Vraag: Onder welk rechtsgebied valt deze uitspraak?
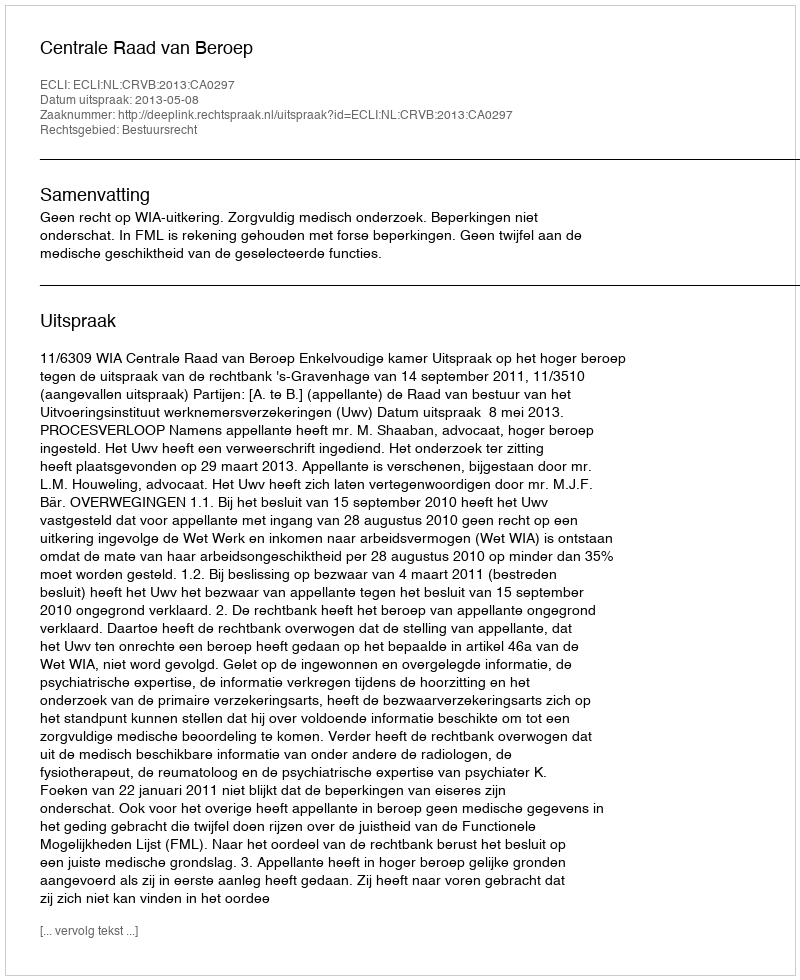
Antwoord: Bestuursrecht